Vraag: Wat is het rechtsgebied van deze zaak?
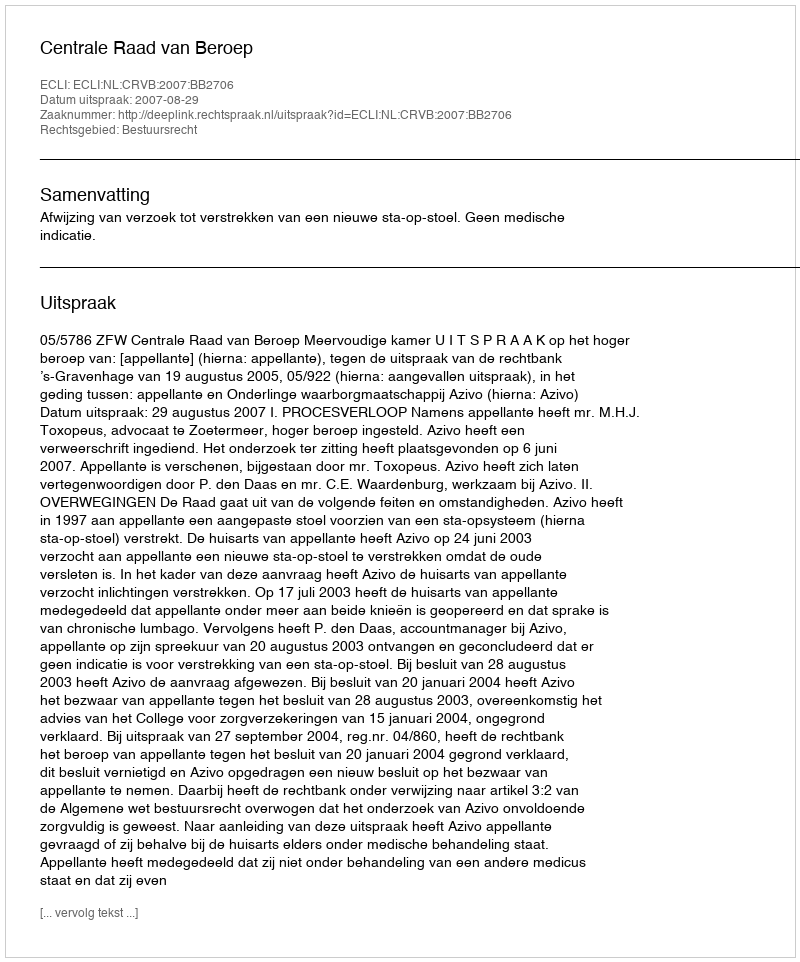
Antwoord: Bestuursrecht